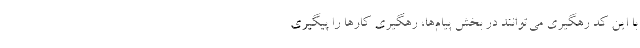
با این کد رهگیری می‌توانند در بخش پیام‌ها، رهگیری کارها را پیگیری